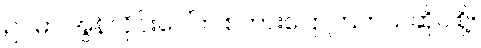
ဥပမာ အွန်လိုင်းပေါ်က စကားပြောကြတယ်ဆိုပါစို့။